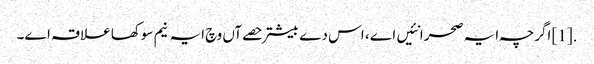
.[1] اگرچہ ایہ صحرا نئیں اے ، اس دے بیشتر حصےآں وچ ایہ نیم سوکھا علاقہ ا‏‏ے۔